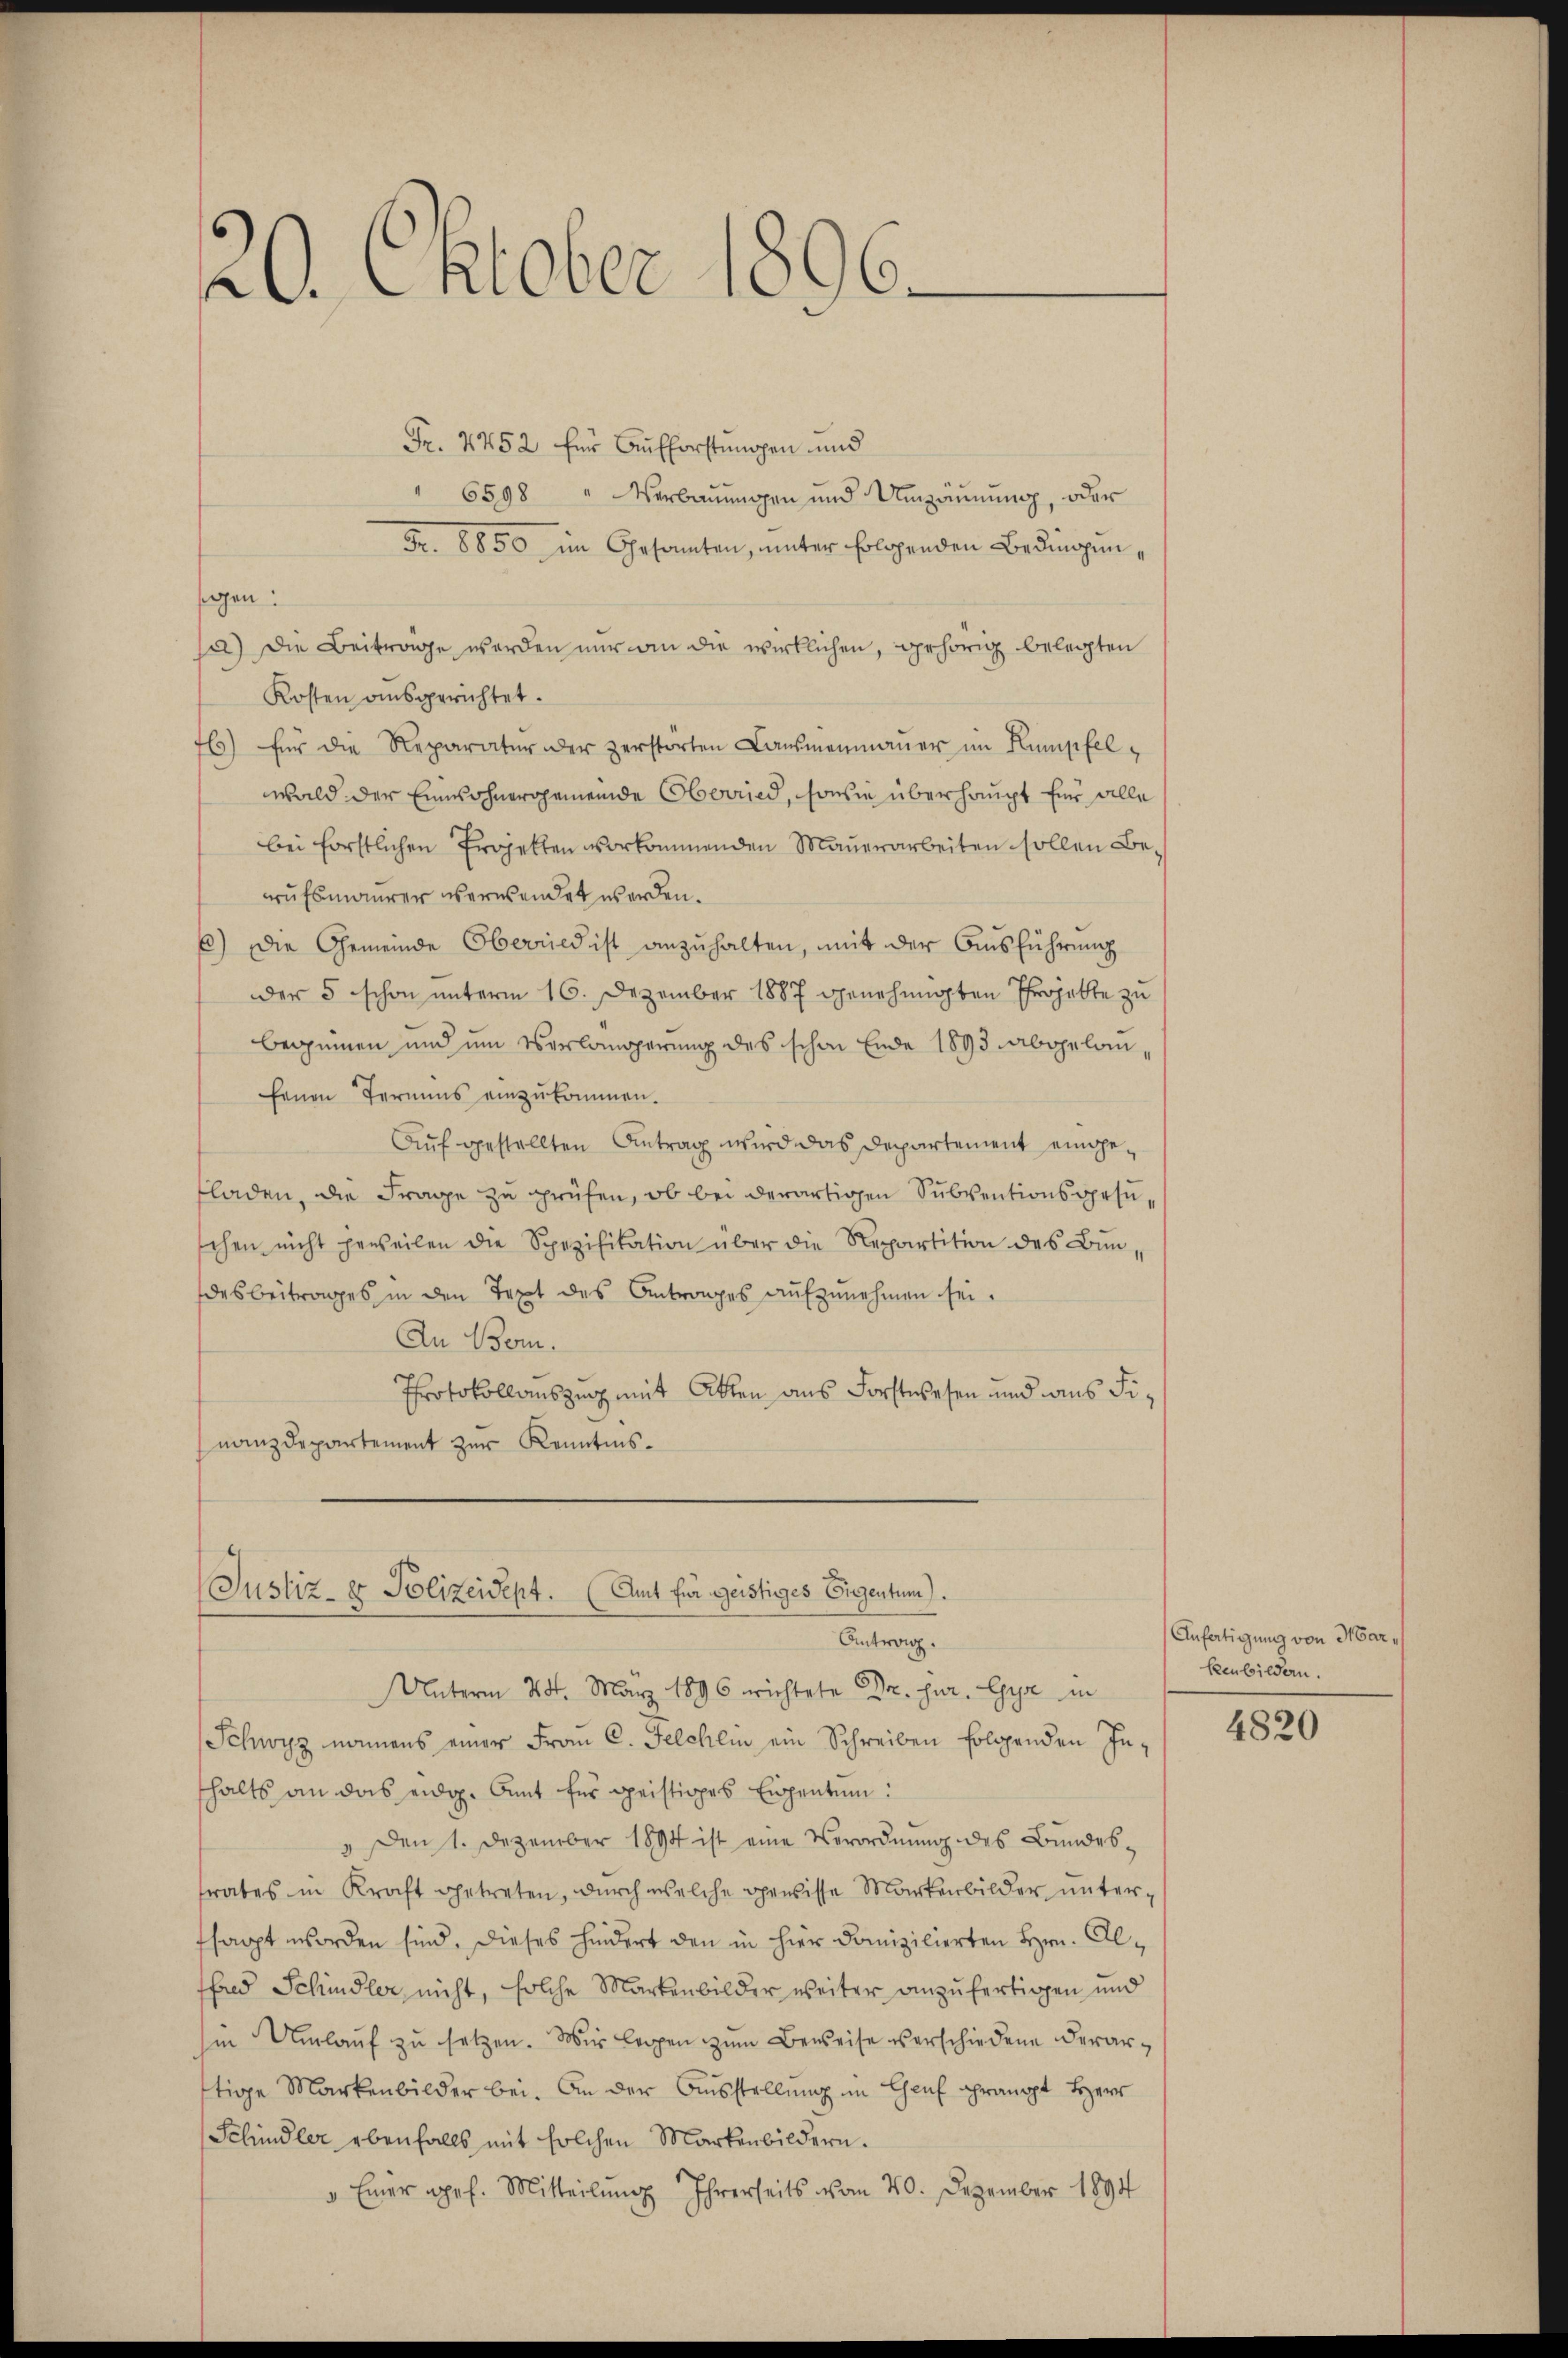
22. Oktober 1896.

Fr. 4452 für Aufforstungen und
" 6598 " Verbauungen und Umzäunung, oder
Fr. 8850 im Gesamten, unter folgenden Bedingungen:
/a) Die Beitrage werden nur an die wirklichen, gehörig belegten
Kosten ausgerichtet.
76) für die Reparatur der zerstorten Laŭsmenmaṅer im Kumpfelwald der Einwohnergemeinde Oberried, sowie überhaupt für alle
bei forstlichen Projekten vorkommenden Mauerarbeiten sollen Berufsmaurer verwendet werden.
x) Die Gemeinde Oberried ist anzuhalten, mit der Ausführung
der 5 schon unterm 16. Dezember 1887 genehmigten Projekte zu
beginnen und um Verlangerung des schon Ende 1893 abgelanfenen Termins einzŭkommen.
Auf gestellten Antrag wird das Departement eingefladen, die Frage zu prüfen, ob bei derartigen Subventionsgesuschen nicht jeweilen die Spezifikation über die Repartition des Bundesbeitrages in den Text des Antrages aufzunehmen sei.
An Bern.
Protokollauszug mit Akten aus Forstwesen und aus Finanzdepartement zur Kenntnis¬

Justiz- & Polizeidept. (Amt für geistiges Eigentum).
Antrag.
Unterm 24. März 1896 wichtete Dr. jur. Gyr in

Schwyz namens einer Frau C. Felchlin ein Schreiben folgenden Inthalts an das eidg. Amt für geistiges Eigentum:
" Den 1. Dezember 1894 ist eine Verordnŭng des Bundes-
frates in Kraft getreten, durch welche gewisse Markenbilder unterfsappt worden sind. Dieses hindert den in hier domizilierten Hrn. Alffred Schindler nicht, solche Markenbilder weiter anzufertigen und
Iin Umlaŭf zŭ setzen. Wir legen zŭm Beweise verschiedene derartige Markenbilder bei. An der Ausstellung im Genf grängt Herr
Schindler ebenfalls mit solchen Markenbildern.
" Einer apef. Mitteilŭng Ihrerseits vom 20. Dezember 1894

Anfätigung von Mar¬
Eenbildern.

4820